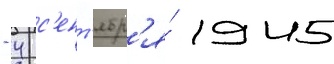
- 4 с'ент'ябр'я́ 1945